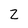
Character: Z